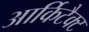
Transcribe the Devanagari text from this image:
आर्किटैक्ट